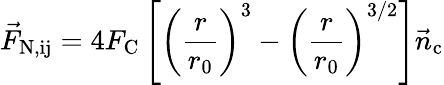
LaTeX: \vec{F}_{\mathrm{N,ij}}=4F_{\mathrm{C}}\left[\left(\frac{r}{r_{\mathrm{0}}}\right)^{3}-\left(\frac{r}{r_{\mathrm{0}}}\right)^{3/2}\right]\vec{n}_{\mathrm{c}}